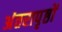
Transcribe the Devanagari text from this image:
अंतरापृष्ठों